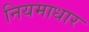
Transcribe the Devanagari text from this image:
नियमाधार